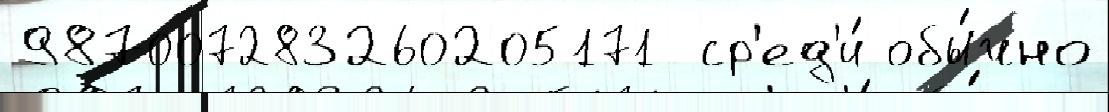
987007283260205171  ср'ед'и́ обы́чно